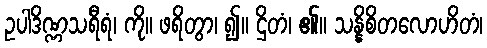
ဥပါဒိဏ္ဏသရီရံ၊ ကို။ ဖရိတွာ၊ ၍။ ဌိတံ၊ ၏။ သန္နိစိတလောဟိတံ၊